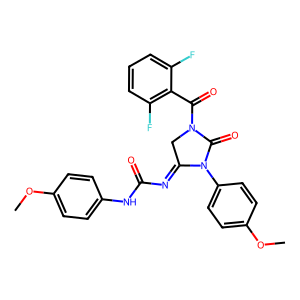
SMILES: COc1ccc(NC(=O)N=C2CN(C(=O)c3c(F)cccc3F)C(=O)N2c2ccc(OC)cc2)cc1
Inhibits HIV replication: No